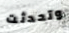
وتحدثت